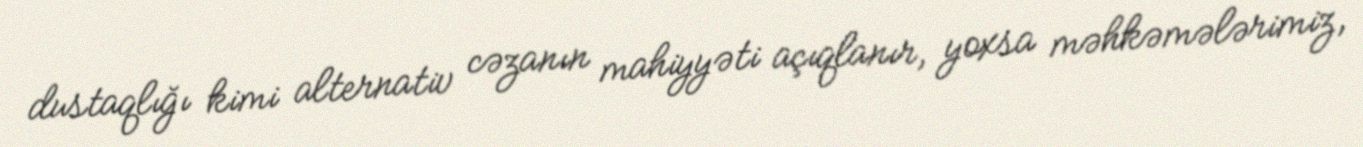
dustaqlığı kimi alternativ cəzanın mahiyyəti açıqlanır, yoxsa məhkəmələrimiz,